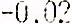
-0.02